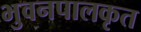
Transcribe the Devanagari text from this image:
भुवनपालकृत